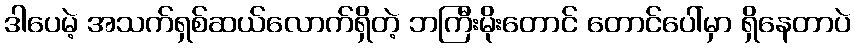
ဒါပေမဲ့ အသက်ရှစ်ဆယ်လောက်ရှိတဲ့ ဘကြီးမိုးတောင် တောင်ပေါ်မှာ ရှိနေတာပဲ